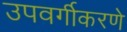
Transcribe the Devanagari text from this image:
उपवर्गीकरणे